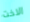
الاخت